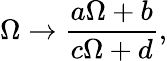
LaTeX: {\Omega\to{\frac{a\Omega+b}{c\Omega+d}},}